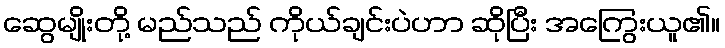
ဆွေမျိုးတို့ မည်သည် ကိုယ်ချင်းပဲဟာ ဆိုပြီး အကြွေးယူ၏။